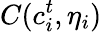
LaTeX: C(c_{i}^{t},\eta_{i})